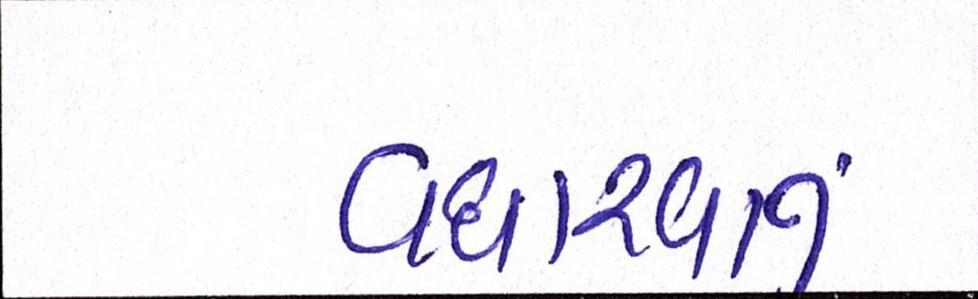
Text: વધારવાનું